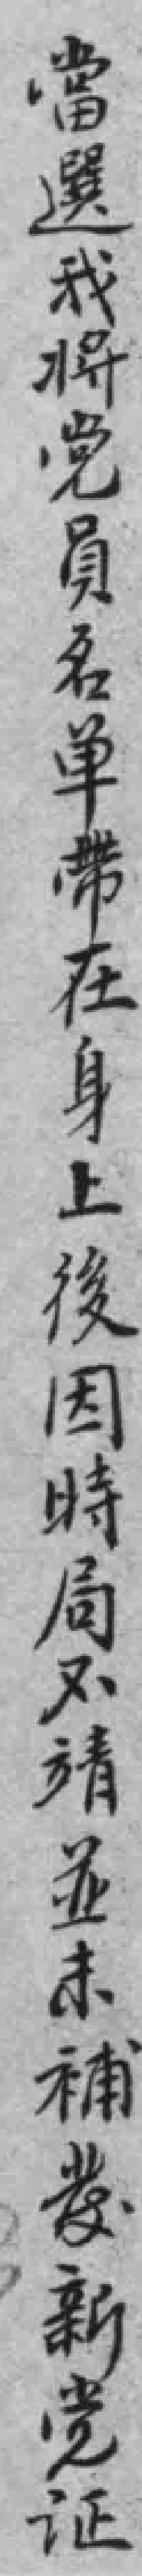
當選我将党員名单带在身上後因時局不靖並未補發新党证